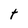
Character: t